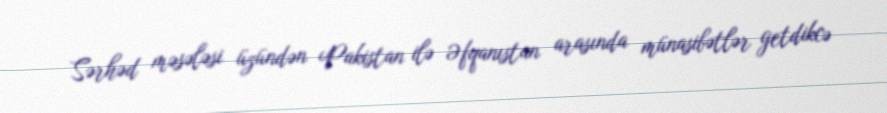
Sərhəd məsələsi üzündən Pakistan ilə Əfqanıstan arasında münasibətlər getdikcə